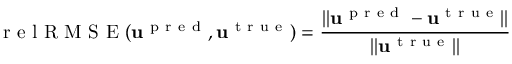
\mathrm { ~ r ~ e ~ l ~ R ~ M ~ S ~ E ~ } ( \mathbf { u } ^ { \mathrm { ~ p ~ r ~ e ~ d ~ } } , \mathbf { u } ^ { \mathrm { ~ t ~ r ~ u ~ e ~ } } ) = \frac { \| \mathbf { u } ^ { \mathrm { ~ p ~ r ~ e ~ d ~ } } - \mathbf { u } ^ { \mathrm { ~ t ~ r ~ u ~ e ~ } } \| } { \| \mathbf { u } ^ { \mathrm { ~ t ~ r ~ u ~ e ~ } } \| }